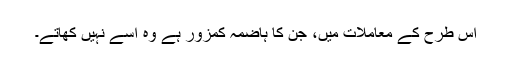
اس طرح کے معاملات میں، جن کا ہاضمہ کمزور ہے وہ اسے نہیں کھاتے۔